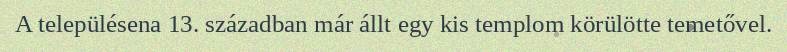
A településena 13. században már állt egy kis templom körülötte temetővel.